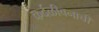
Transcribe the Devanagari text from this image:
कर्दळीवनाची